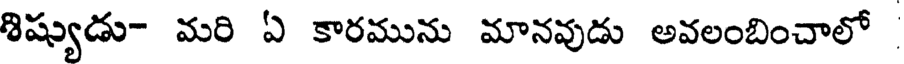
శిష్యుడు- మరి ఏ కారమును మానవుడు అవలంబించాలో